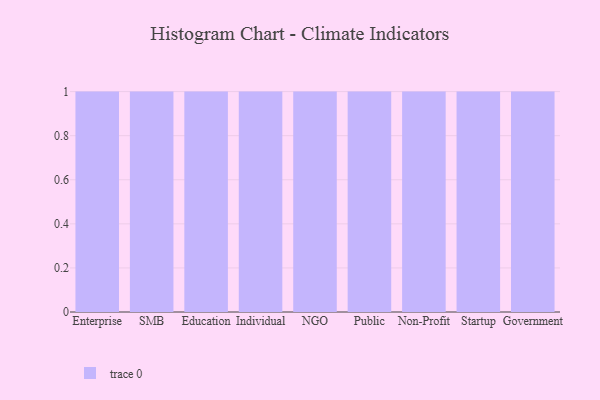
{"axis": {"x": "Segment", "y": "Inventory Turnover"}, "legend": [""], "data": [{"x": "Enterprise", "y": 53, "type": ""}, {"x": "SMB", "y": 16, "type": ""}, {"x": "Education", "y": 45, "type": ""}, {"x": "Individual", "y": 87, "type": ""}, {"x": "NGO", "y": 23, "type": ""}, {"x": "Public", "y": 27, "type": ""}, {"x": "Non-Profit", "y": 82, "type": ""}, {"x": "Startup", "y": 33, "type": ""}, {"x": "Government", "y": 96, "type": ""}]}